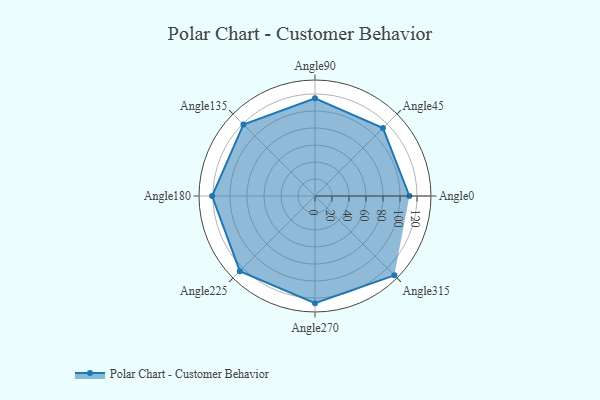
{"axis": {"x": "Angle", "y": "Radius"}, "legend": [""], "data": [{"x": "Angle0", "y": 111.0, "type": ""}, {"x": "Angle45", "y": 113.0, "type": ""}, {"x": "Angle90", "y": 115.0, "type": ""}, {"x": "Angle135", "y": 119.0, "type": ""}, {"x": "Angle180", "y": 121.0, "type": ""}, {"x": "Angle225", "y": 125.0, "type": ""}, {"x": "Angle270", "y": 126.0, "type": ""}, {"x": "Angle315", "y": 132.0, "type": ""}]}